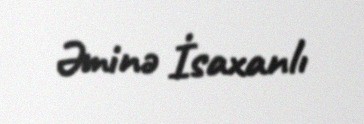
Əminə İsaxanlı